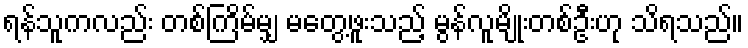
ရန်သူကလည်း တစ်ကြိမ်မျှ မတွေ့ဖူးသည့် မွန်လူမျိုးတစ်ဦးဟု သိရသည်။